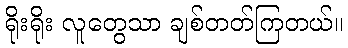
ရိုးရိုး လူတွေသာ ချစ်တတ်ကြတယ်။